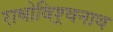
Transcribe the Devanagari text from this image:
राधोविश्र्वनाथ